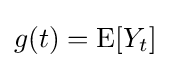
g(t)=\operatorname {E} [Y_{t}]